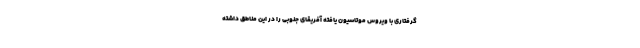
گرفتاری با ویروس موتاسیون یافته آفریقای جنوبی را در این مناطق داشته